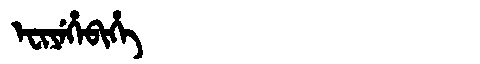
Manchu: ᡝᠸᡳᠶᡝᡥᡝᠪᡳᡥᡝ
Romanization: EFIYEHEBIHE